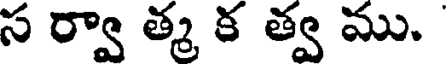
స ర్వా త్మ క త్వ ము.